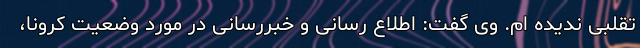
تقلبی ندیده ام. وی گفت: اطلاع رسانی و خبررسانی در مورد وضعیت کرونا،